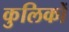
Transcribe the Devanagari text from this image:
कुलिकों